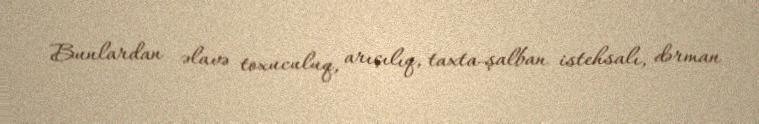
Bunlardan əlavə toxuculuq, arıçılıq, taxta-şalban istehsalı, dərman